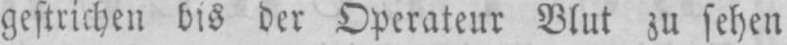
gestrichen bis der Operateur Blut zu sehen